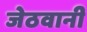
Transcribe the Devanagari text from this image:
जेठवानी